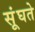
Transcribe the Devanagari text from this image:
सूंघते